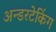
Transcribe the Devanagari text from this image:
अन्डरटेकिंग